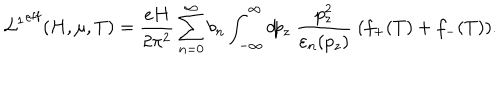
{ { \cal L } ^ { 1 } } ^ { \mathrm { e f f } } ( H , \mu , T ) = \frac { e H } { 2 \pi ^ { 2 } } \sum _ { n = 0 } ^ { \infty } b _ { n } \int _ { - \infty } ^ { \infty } d \! p _ { z } { } ~ \frac { p _ { z } ^ { 2 } } { \varepsilon _ { n } ( p _ { z } ) } ~ ( f _ { + } ( T ) + f _ { - } ( T ) ) .